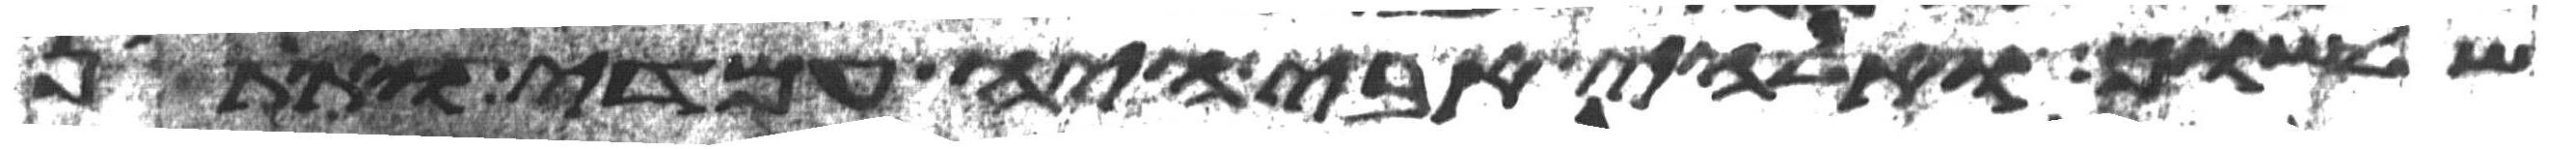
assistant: שלשום ואלהי אבי היה עמדי ואתין